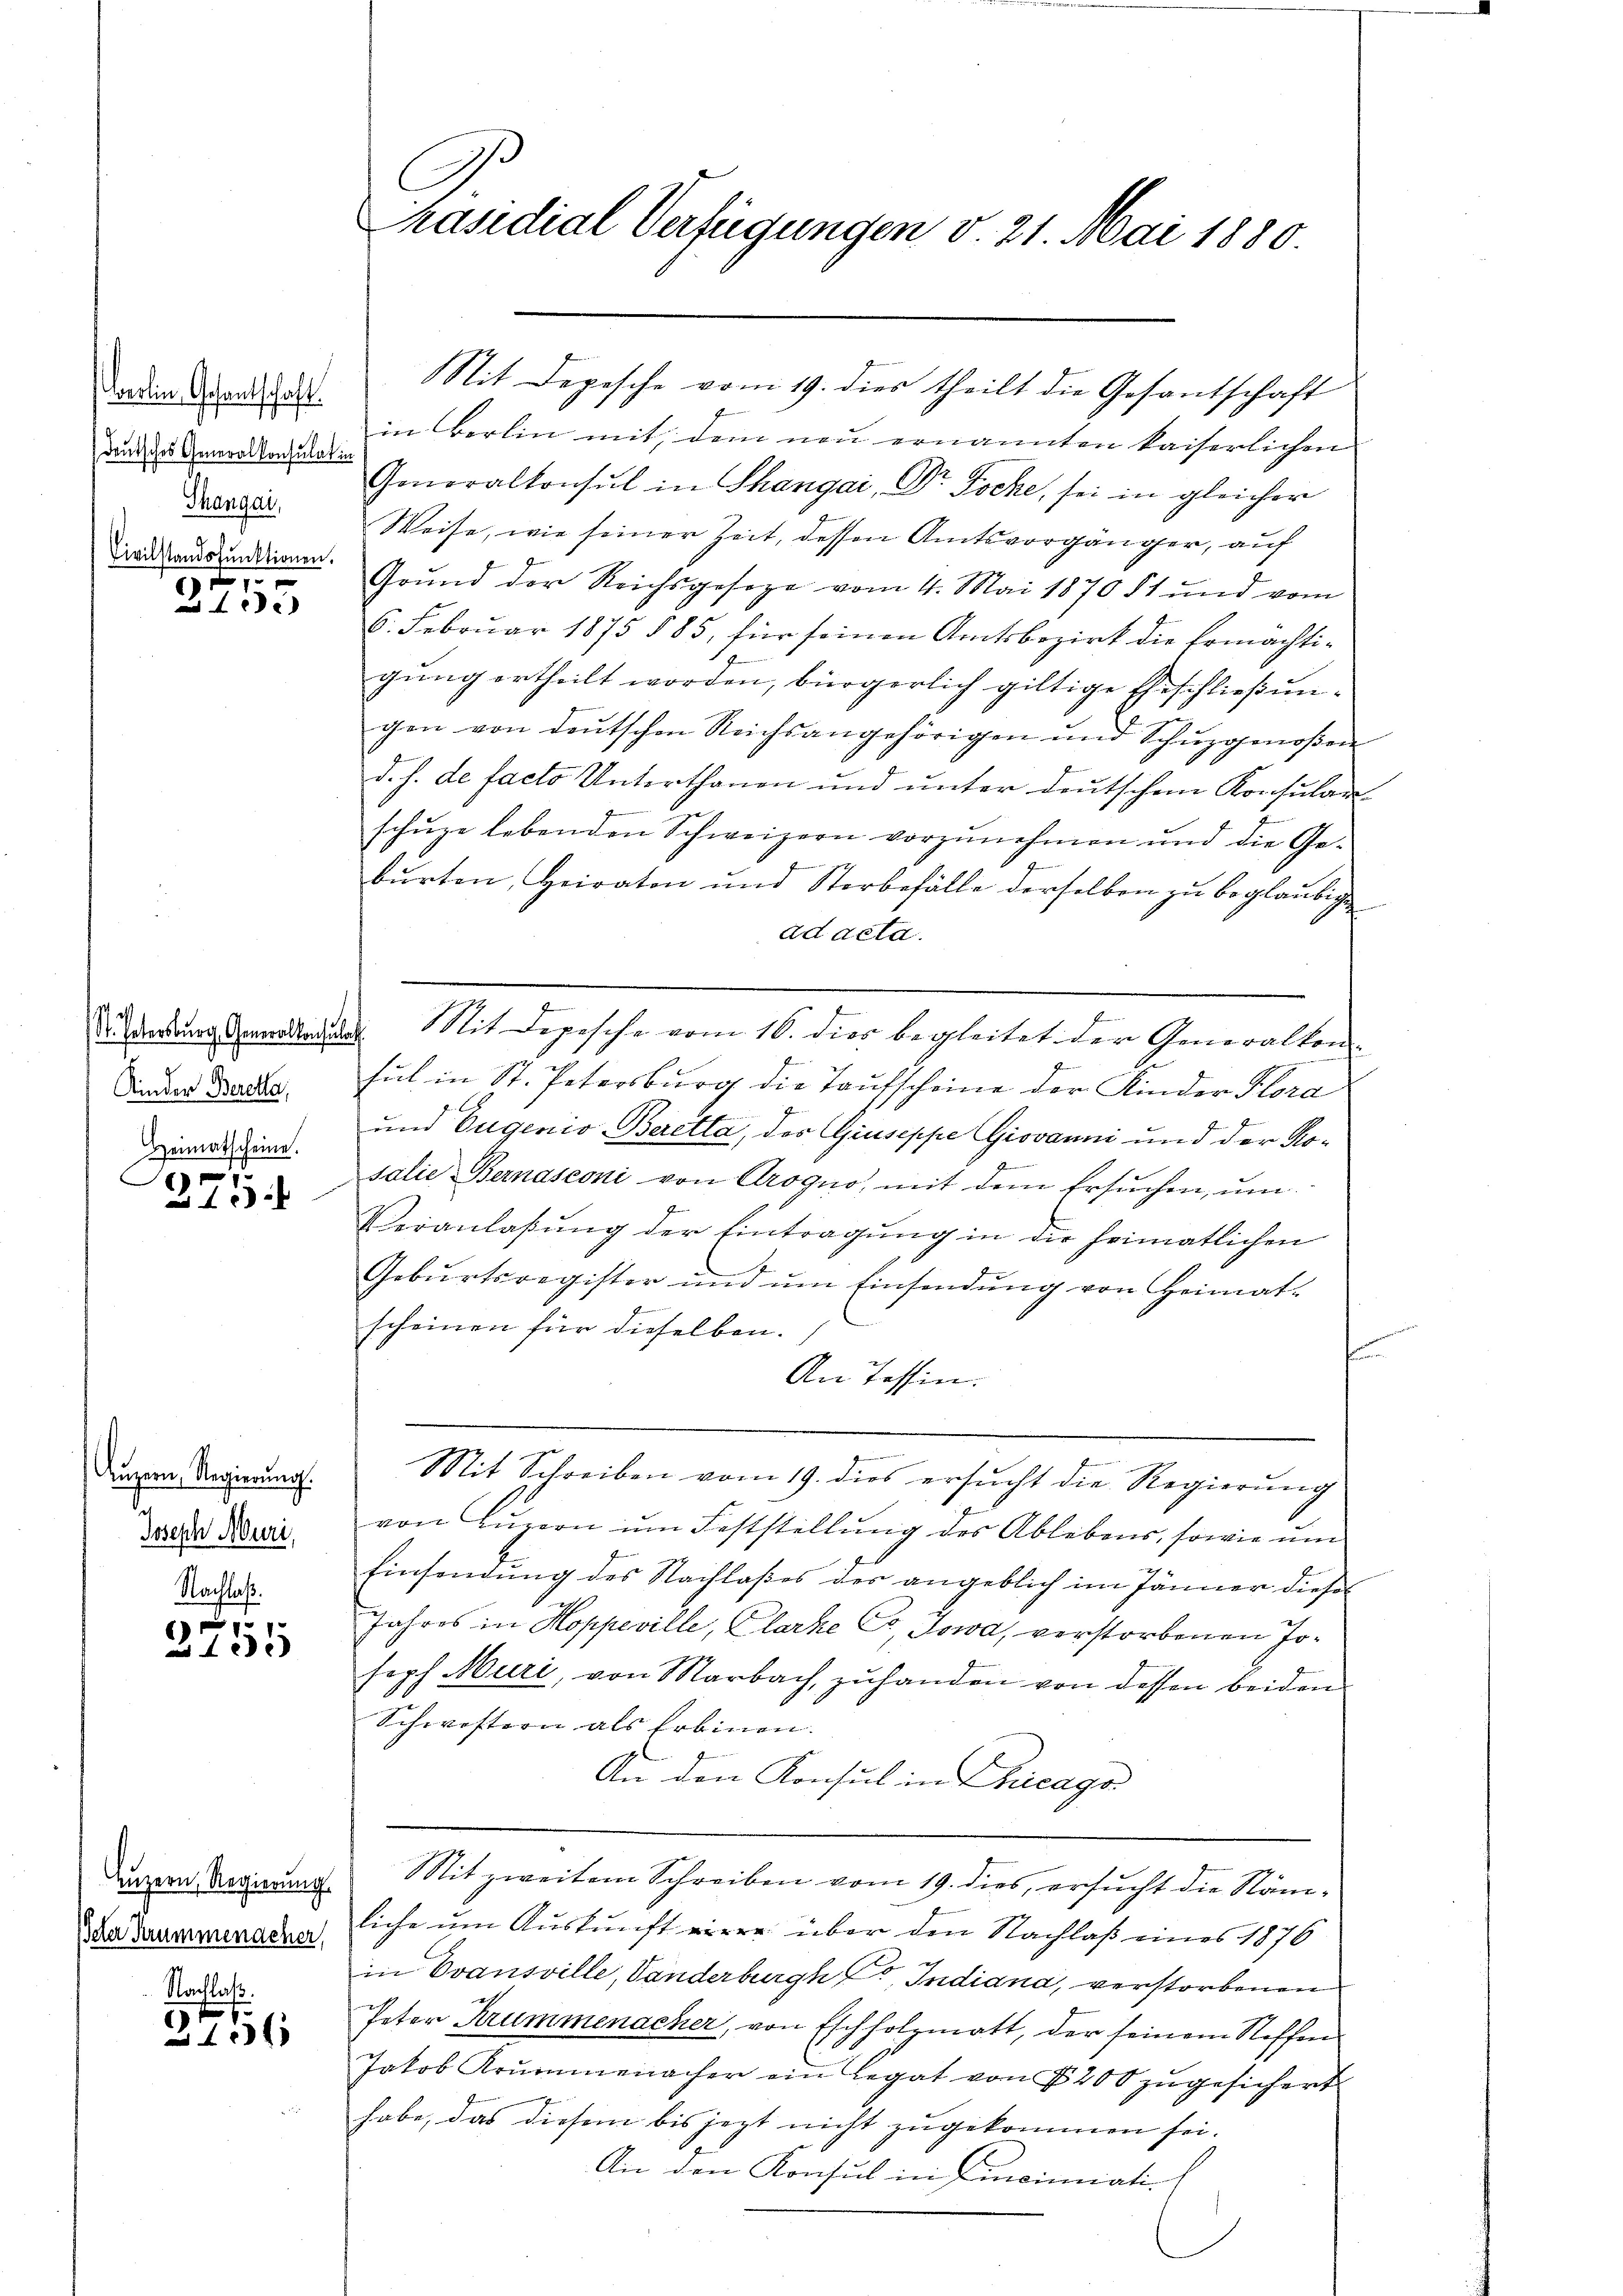
erlin Gesandtschaft.
deutsches Generalkonsulat in
Thangai,
Civilstandsfunktionen.
 f 0 x

xx

St. Petersburg, Generalkonsulat
Kinder Beretter,
Heimatscheine.

1
a

Luzern, Regierung.
Joseph Muri,
Nachlaß.

x
150

Luzern, Regierung
Veter Krummenacher,
Nachlaß.

f
2156

räsidial-Verfügungen v. 21. Mai 1880

in Berlin mit dem neu ernannten kaiserlichen
Generalkonsul in Thangai, Dr Loche, sei in gleicher
Weise, wie seiner Zeit, dessen Amtsvorgänger, auf
Grund der Reichsgeseze vom 4. Mai 1870 51 und vom
6. Februar 1875 § 85, für seinen Amtsbezirk die Ermächti-
gung ertheilt worden, bürgerlich giltige Eheschließungen von deŭtschen Reichsangehörigen und Schŭzgenoßen
d. h. de facto Unterthanen und unter deutschen Konsulanschuze lebenden Schweizern vorzunehmen und die Geburten, Heiraten und Sterbefälle derselben zu beglaubige
ad acta.
Mit Depesche vom 16. dies begleitet der Generalkon-
sul in St. Petersburg die Taufscheine der Kinder Flora
und Eugenio Beretta, der Giuseppe Giovanni und der Kosalie Bernasconi von Progno, mit dem Ersuchen, um
Veranlaßung der Eintragŭng in die heimatlichen
Geburtsregister und um Einsendung von Heimat-
scheinen für dieselben.
s
An Tessin.
e
Mit Schreiben vom 19. dies ersucht die Regierung
von Eurern um Feststellung des Ablebens, sowie um
Einsendung des Nachlaßes der angeblich im Jänner dieser
Jahres in Hoppeville, Clarke Co, Jowa, verstorbenen Joseph Muri, von Marbach, zuhanden von dessen beiden
Schwistern als Erbinen
An den Konsul in Chicago
Mit zweitem Schreiben vom 19. dies, ersucht die Stänliche um Auskunft er über den Nachlaß eines 1876
in Evansville, Vanderburgh C. Indiana, verstorbenen
Peter Krummenacher, von Eschholzmatt, der seinem Stoffe
Jakob Krummenacher ein Legat von § 200 zugesichert
habe, das diesem bis jezt nicht zugekommen sei.
An den Konsul in Cinciniati

Sit Depesche vom 19. dies theilt die Gesantschaft